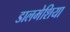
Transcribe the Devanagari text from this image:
डालमेशिया